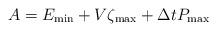
LaTeX: \begin{align*}A= E_{\min}+V\zeta_{\max} +\Delta t P_{\max}\end{align*}